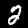
Digit: 2